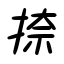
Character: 捺